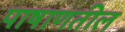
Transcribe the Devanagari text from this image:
पाषाणतील